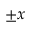
\pm x